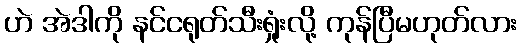
ဟဲ အဲဒါကို နင်ငရုတ်သီးရှုံးလို့ ကုန်ပြီမဟုတ်လား